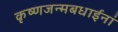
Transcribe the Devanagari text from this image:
कृष्णजन्मबधाईनां